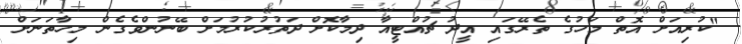
"ކުރިއަށް އޮތް މަހުގެ ތެރޭގައި އީދު ޗުއްޓީއާ ދިމާކޮށް ދަތުރުކުރުމަށް ބޭނުންވެގެން މިހާތަނަށް